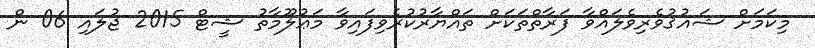
މިކަމަށް ޝައުޤުވެރިވެލައްވާ ފަރާތްތަކަށް ތައްޔާރުކުރެވިފައިވާ މަޢުލޫމާތު ޝީޓް 2015 ޖުލައި 06 ން